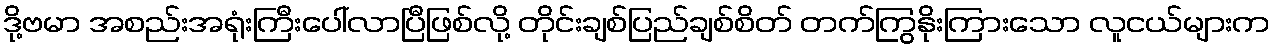
ဒို့ဗမာ အစည်းအရုံးကြီးပေါ်လာပြီဖြစ်လို့ တိုင်းချစ်ပြည်ချစ်စိတ် တက်ကြွနိုးကြားသော လူငယ်များက